Tezpur Lunatic Asylum reports 1895-1904 - 1895-1904
Year: 1895
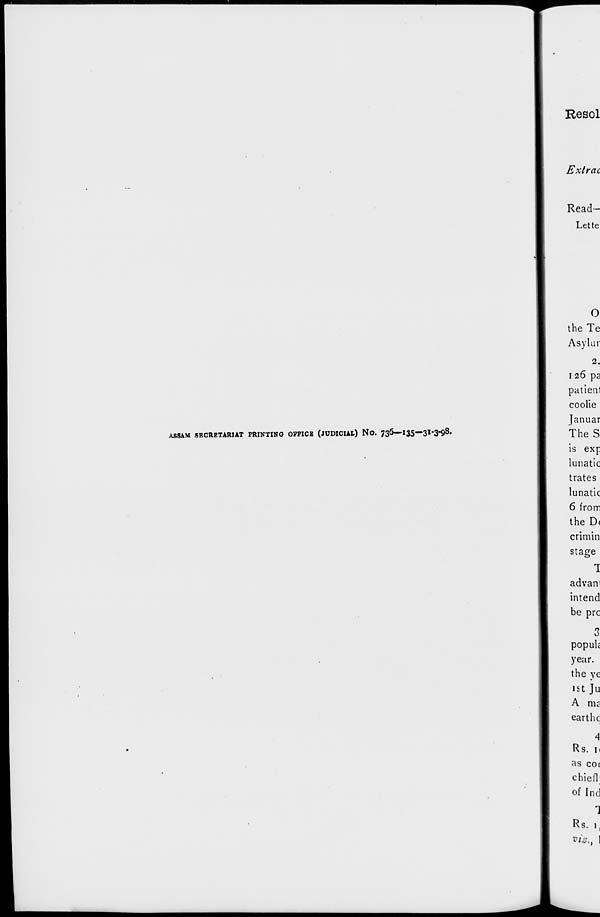
ASSAM SECRETARIAT PRINTING OFFICE (JUDICIAL) No. 73&—135—31'3*9 8 '